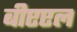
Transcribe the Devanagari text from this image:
बीएएल